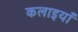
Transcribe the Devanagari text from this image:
कलाइयाँ